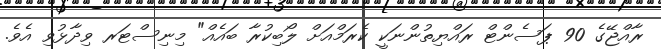
ރާއްޖޭގެ 90 ޕަސެންޓް ރައްޔިތުންނަކީ ކެރަމްއަށް ލޯބިކުރާ ބައެއް" މިނިސްޓަރ ވިދާޅުވި އެވެ.